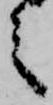
之